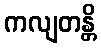
ကလျတန္တိ